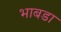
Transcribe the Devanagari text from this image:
भाबडा